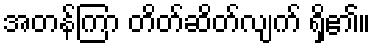
အတန်ကြာ တိတ်ဆိတ်လျက် ရှိ၏။